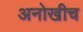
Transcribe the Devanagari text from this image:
अनोखीच